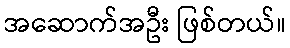
အဆောက်အဦး ဖြစ်တယ်။